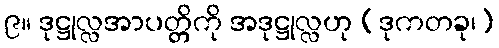
၉။ ဒုဋ္ဌုလ္လအာပတ္တိကို အဒုဋ္ဌုလ္လဟု (ဒုကတခု၊)